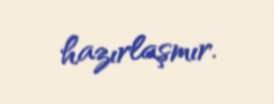
hazırlaşmır.